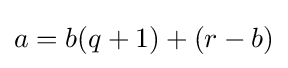
a=b(q+1)+(r-b)